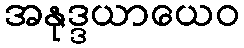
အနုဒ္ဒယာယေဝ